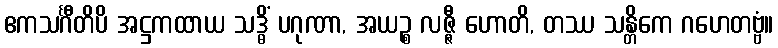
ဧကသင်္ဂီတိပိ အဋ္ဌကထာယ သဒ္ဓိံ ပဂုဏာ, အယဉ္စ လဇ္ဇီ ဟောတိ, တဿ သန္တိကေ ဂဟေတဗ္ဗံ။